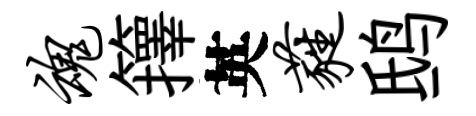
魂籜英蕤鸱